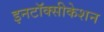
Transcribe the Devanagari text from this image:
इनटॉक्सीकेशन